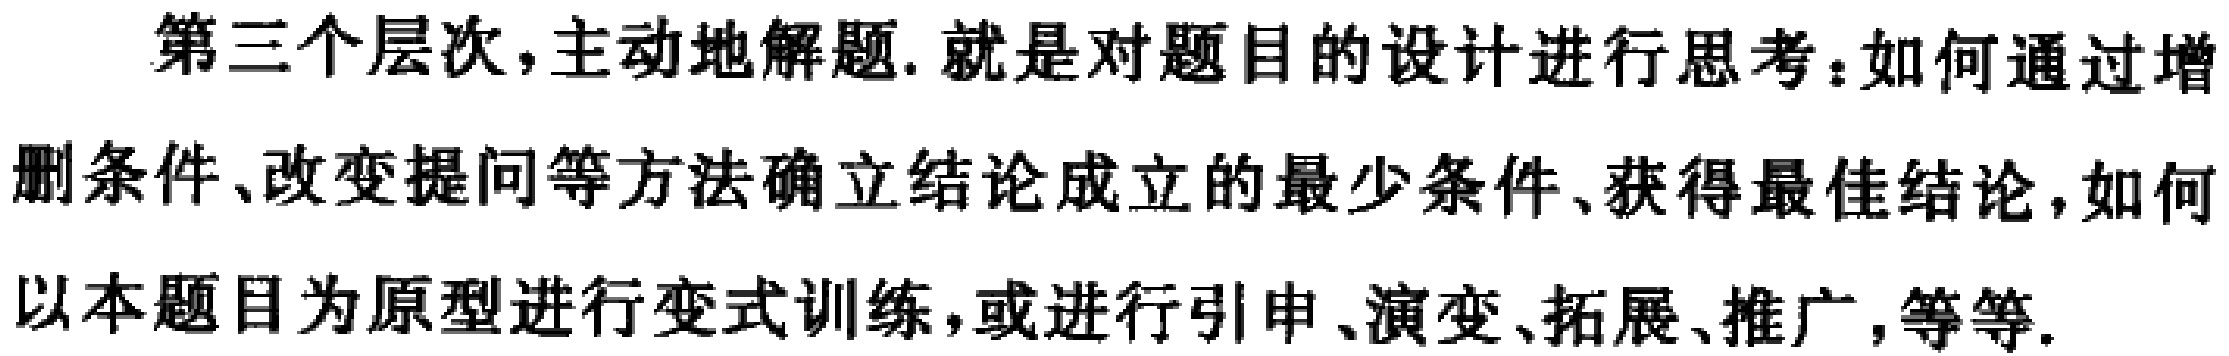
第三个层次,主动地解题.就是对题目的设计进行思考：如何通过增删条件、改变提问等方法确立结论成立的最少条件、获得最佳结论,如何以本题目为原型进行变式训练,或进行引申、演变、拓展、推广,等等.